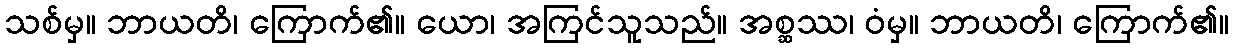
သစ်မှ။ ဘာယတိ၊ ကြောက်၏။ ယော၊ အကြင်သူသည်။ အစ္ဆဿ၊ ဝံမှ။ ဘာယတိ၊ ကြောက်၏။